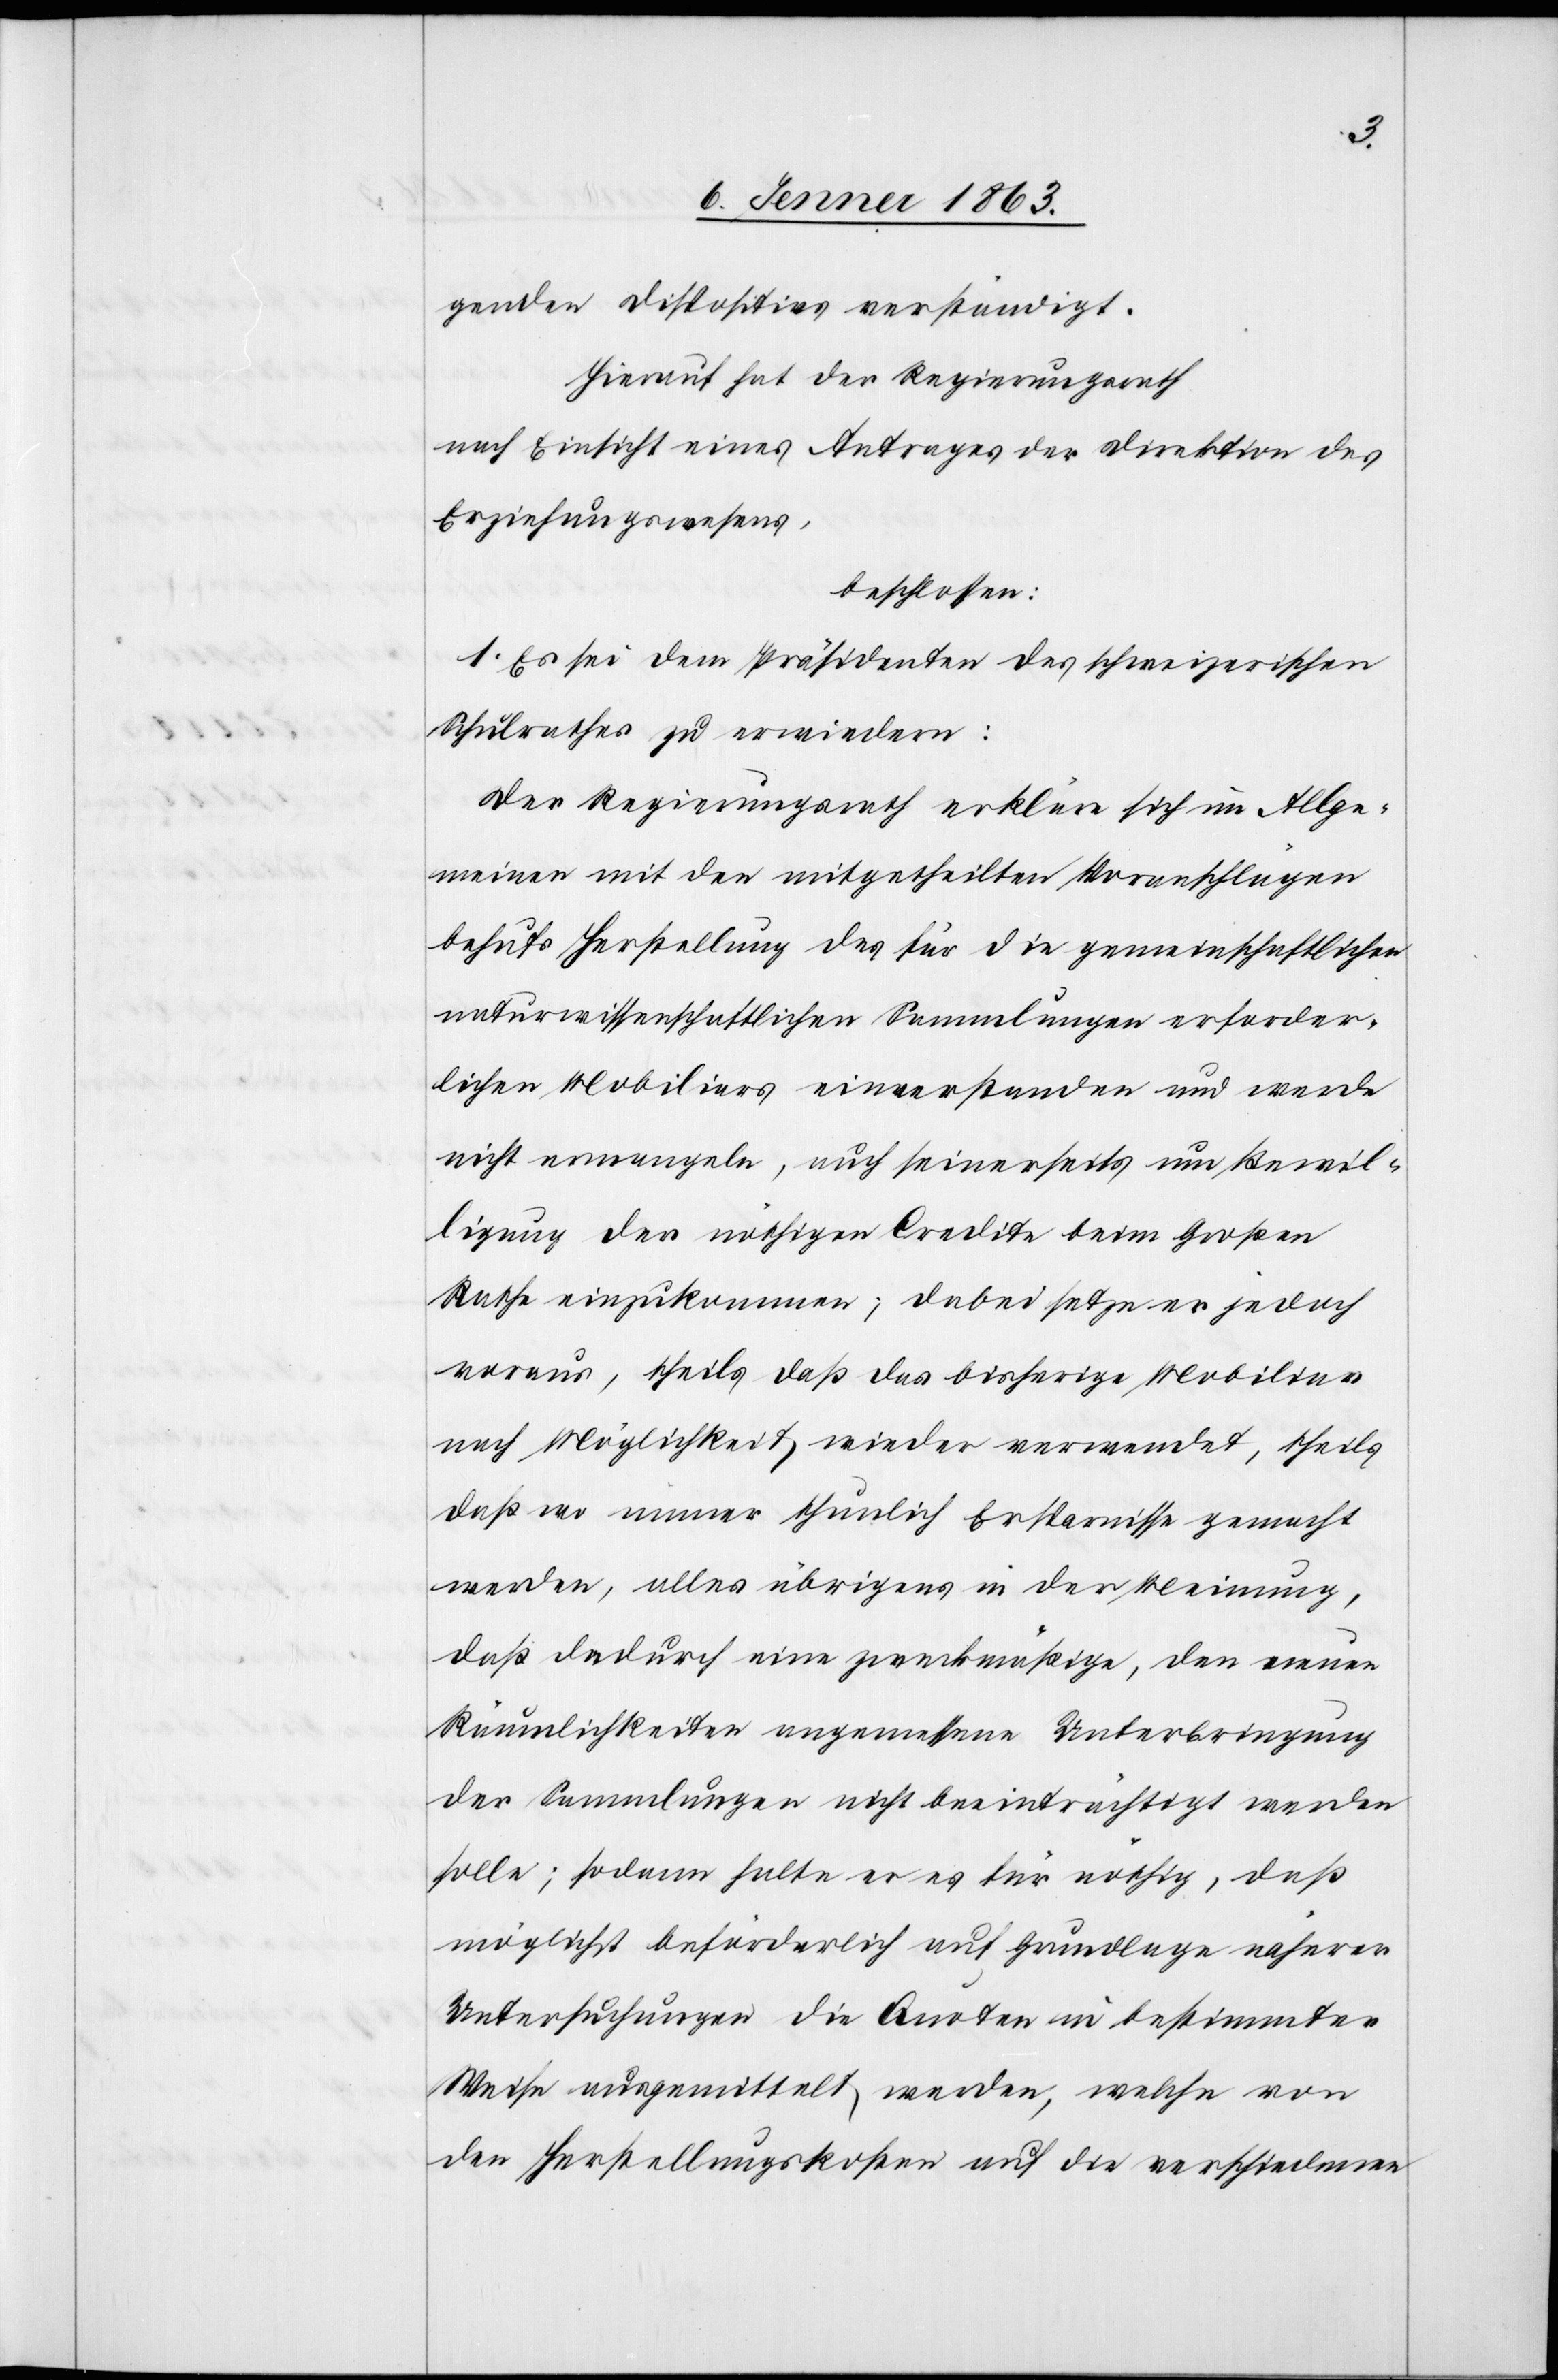
genden Dispositives verständigt.
Hierauf hat der Regierungsrath
nach Einsicht eines Antrages der Direktion des
Erziehungswesens,
beschlossen:
1. Es sei dem Präsidenten des schweizerischen
Schulrathes zu erwiedern:
Der Regierungsrath erkläre sich im Allge¬
meinen mit den mitgetheilten Voranschlägen
behufs Herstellung des für die gemeinschaftlichen
naturwissenschaftlichen Sammlungen erforder¬
lichen Mobiliars einverstanden und werde
nicht ermangeln, auch seinerseits um Bewil¬
ligung der nöthigen Credite beim Großen
Rathe einzukommen; dabei setze er jedoch
voraus, theils daß das bisherige Mobiliar
nach Möglichkeit wieder verwendet, theils
daß wo immer thunlich Ersparnisse gemacht
werden, alles übrigens in der Meinung,
daß dadurch eine zweckmäßige, den neuen
Räumlichkeiten angemessene Unterbringung
der Sammlungen nicht beeinträchtigt werden
solle; sodann halte er es für nöthig, daß
möglichst beförderlich auf Grundlage näherer
Untersuchungen die Quoten in bestimmter
Weise ausgemittelt werden, welche von
den Herstellungskosten auf die verschiedenen